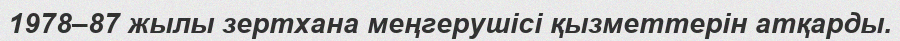
1978–87 жылы зертхана меңгерушісі қызметтерін атқарды.